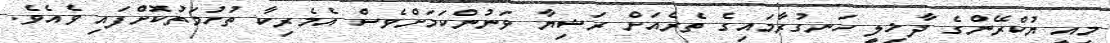
މިއީ ޔުކްރޭންގެ ދާޚިލީ ހަނގުރާމައިގެ ތެރެއަށް ރަޝިޔާ ވަނުންކަމަށްވެސް އެމެރިކާ ތުހުމަތުކޮށްފައި ވެއެވެ.